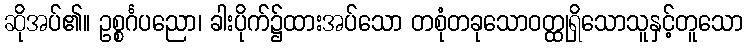
ဆိုအပ်၏။ ဥစ္စင်္ဂပညော၊ ခါးပိုက်၌ထားအပ်သော တစုံတခုသောဝတ္ထုရှိသောသူနှင့်တူသော